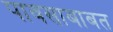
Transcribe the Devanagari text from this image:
पावसाबाबत